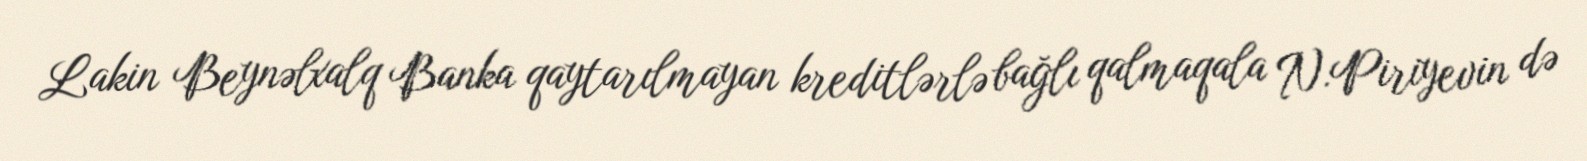
Lakin Beynəlxalq Banka qaytarılmayan kreditlərlə bağlı qalmaqala N.Piriyevin də